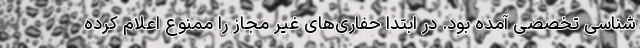
شناسی تخصصی آمده بود. در ابتدا حفاری‌های غیر مجاز را ممنوع اعلام کرده